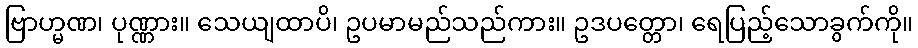
ဗြာဟ္မဏ၊ ပုဏ္ဏား။ သေယျထာပိ၊ ဥပမာမည်သည်ကား။ ဥဒပတ္တော၊ ရေပြည့်သောခွက်ကို။